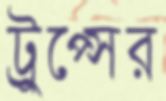
ট্রুপ্সের